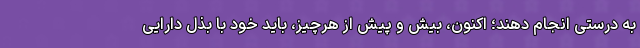
به درستی انجام دهند؛ اکنون، بیش و پیش از هرچیز، باید خود با بذل دارایی